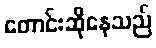
တောင်းဆိုနေသည်